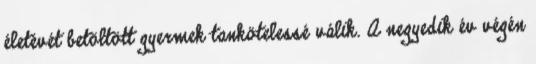
életévét betöltött gyermek tankötelessé válik. A negyedik év végén